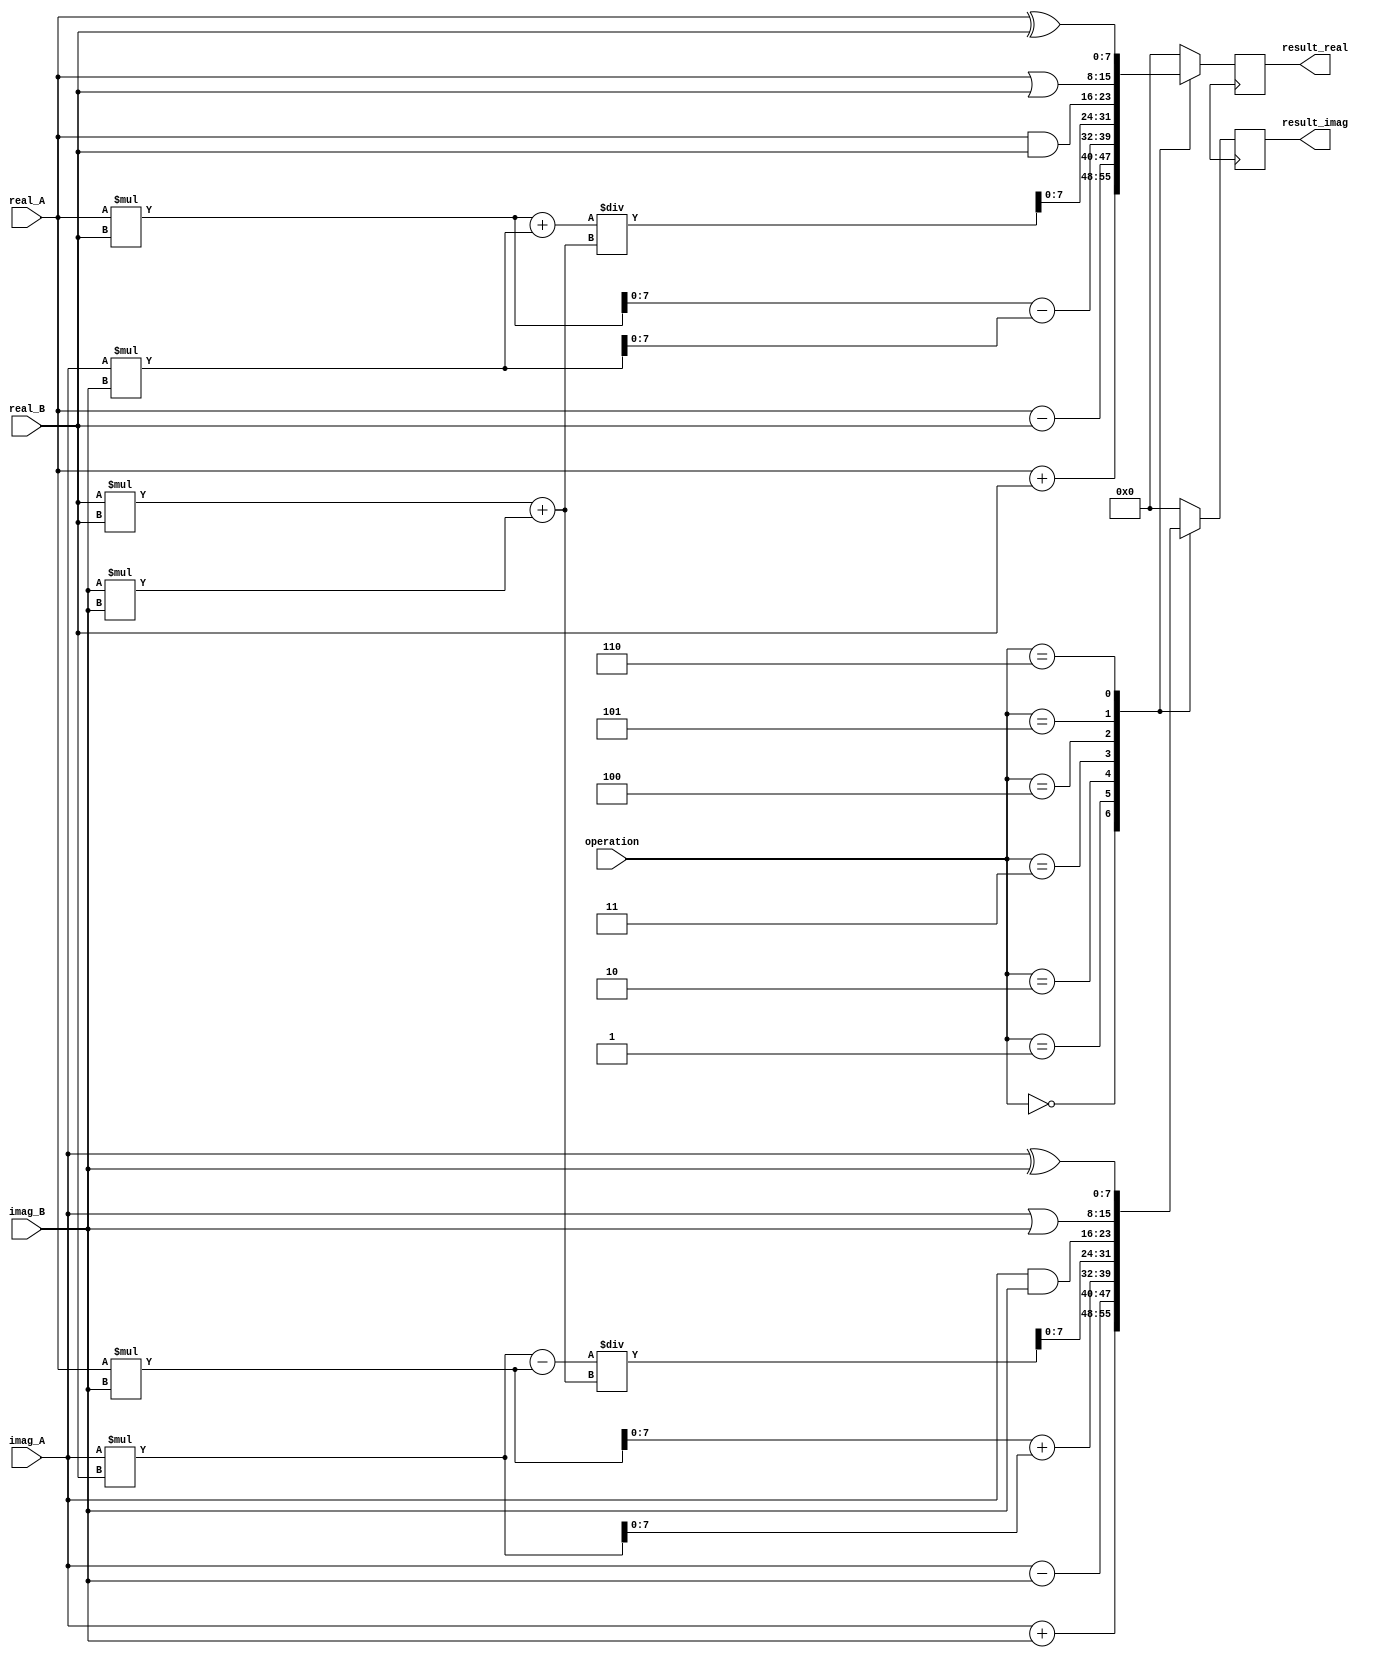
module Complex_ALU (
    input wire signed [7:0] real_A,
    input wire signed [7:0] imag_A,
    input wire signed [7:0] real_B,
    input wire signed [7:0] imag_B,
    input wire [2:0] operation, // 0: addition, 1: subtraction, 2: multiplication, 3: division, 4: AND, 5: OR, 6: XOR
    output wire [7:0] result_real,
    output wire [7:0] result_imag
);

reg signed [15:0] result_real_reg;
reg signed [15:0] result_imag_reg;

always @ (real_A, imag_A, real_B, imag_B, operation)
begin
    case(operation)
        3'b000: // addition
            begin
                result_real_reg = real_A + real_B;
                result_imag_reg = imag_A + imag_B;
            end
        3'b001: // subtraction
            begin
                result_real_reg = real_A - real_B;
                result_imag_reg = imag_A - imag_B;
            end
        3'b010: // multiplication
            begin
                result_real_reg = (real_A * real_B) - (imag_A * imag_B);
                result_imag_reg = (real_A * imag_B) + (imag_A * real_B);
            end
        3'b011: // division
            begin
                result_real_reg = ((real_A * real_B) + (imag_A * imag_B)) / ((real_B * real_B) + (imag_B * imag_B));
                result_imag_reg = ((real_B * imag_A) - (real_A * imag_B)) / ((real_B * real_B) + (imag_B * imag_B));
            end
        3'b100: // AND
            begin
                result_real_reg = real_A & real_B;
                result_imag_reg = imag_A & imag_B;
            end
        3'b101: // OR
            begin
                result_real_reg = real_A | real_B;
                result_imag_reg = imag_A | imag_B;
            end
        3'b110: // XOR
            begin
                result_real_reg = real_A ^ real_B;
                result_imag_reg = imag_A ^ imag_B;
            end
        default:
            begin
                result_real_reg = 8'h00;
                result_imag_reg = 8'h00;
            end
    endcase
end

always @ (posedge clk)
begin
    result_real <= result_real_reg[7:0];
    result_imag <= result_imag_reg[7:0];
end

endmodule